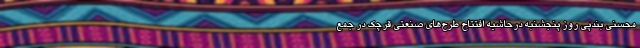
محسنی بندپی روز پنجشنبه درحاشیه افتتاح طرح‌های صنعتی قرچک در جمع